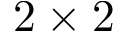
2 \times 2